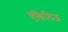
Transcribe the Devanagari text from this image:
एकिलिज़